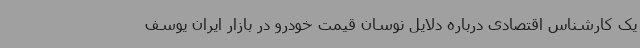
یک کارشناس اقتصادی درباره دلایل نوسان قیمت خودرو در بازار ایران یوسف